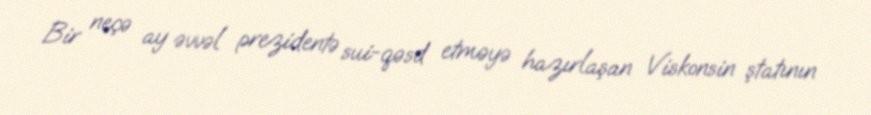
Bir neçə ay əvvəl prezidentə sui-qəsd etməyə hazırlaşan Viskonsin ştatının